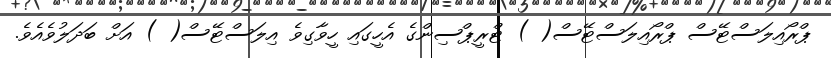
ޕްރޯއިލަސްޓޭސް ޕްރޯއިލަސްޓޭސް( ) ޓްރީޕްސިންގެ އެހީގައި ހީވާގިވެ އިލަސްޓޭސް( ) އަށް ބަދަލުވެއެވެ.